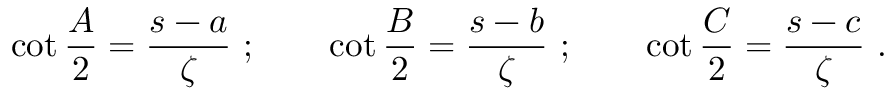
\cot { \frac { A } { 2 } } = { \frac { s - a } { \zeta } } ~ ; \qquad \cot { \frac { B } { 2 } } = { \frac { s - b } { \zeta } } ~ ; \qquad \cot { \frac { C } { 2 } } = { \frac { s - c } { \zeta } } ~ .